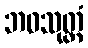
ဘဝသုတ္တံ